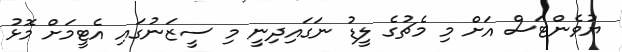
ޔުވެންޓަސް އަށް މި މެޗުގެ ލީޑު ނަގައިދިނީ މި ސީޒަނުގައި އެޓީމަށް މޮޅު